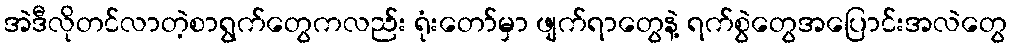
အဲဒီလိုတင်လာတဲ့စာရွက်တွေကလည်း ရုံးတော်မှာ ဖျက်ရာတွေနဲ့ ရက်စွဲတွေအပြောင်းအလဲတွေ